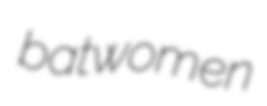
batwomen